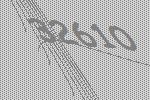
32610